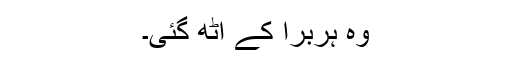
وہ ہربرا کے اٹھ گئی۔